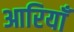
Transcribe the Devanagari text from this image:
आरियाँ